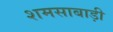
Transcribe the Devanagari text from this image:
शमसाबाड़ी